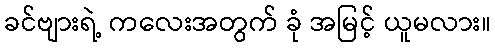
ခင်ဗျားရဲ့ ကလေးအတွက် ခုံ အမြင့် ယူမလား။